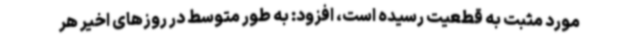
مورد مثبت به قطعیت رسیده است، افزود: به طور متوسط در روزهای اخیر هر